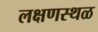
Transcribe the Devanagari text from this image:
लक्षणस्थळ